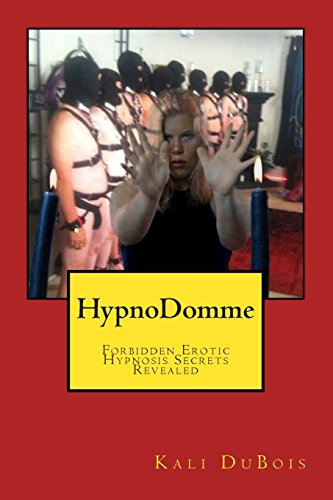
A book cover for HypnoDomme: Forbidden Erotic Hypnosis Revealed; Kali DuBois; Self-Help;